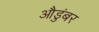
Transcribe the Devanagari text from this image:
औडुंबर